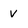
Character: v